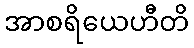
အာစရိယေဟီတိ